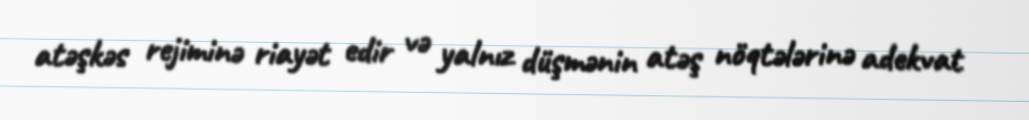
atəşkəs rejiminə riayət edir və yalnız düşmənin atəş nöqtələrinə adekvat